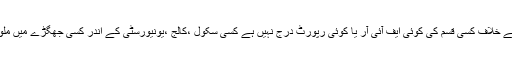
پاکستان کے اندر ان کے خلاف کسی قسم کی کوئی ایف آئی آر یا کوئی رپورٹ درج نہیں ہے کسی سکول ،کالج ،یونیورسٹی کے اندر کسی جھگڑے میں ملوث نہیں پائی گئی ہے۔